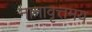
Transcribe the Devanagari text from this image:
नानावृत्तमय